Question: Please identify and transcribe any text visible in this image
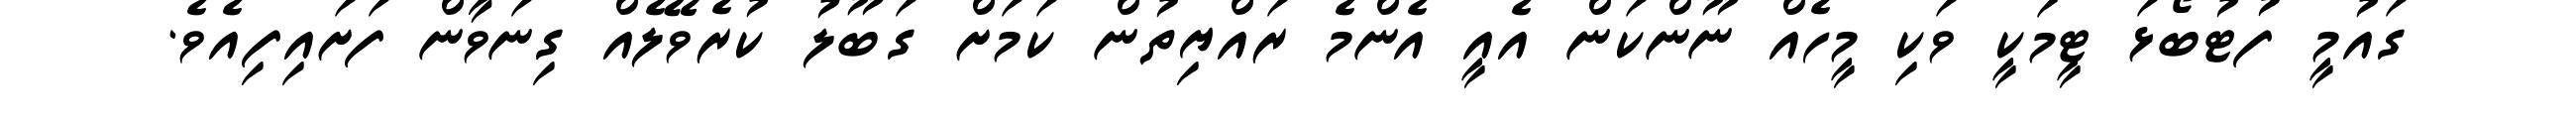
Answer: ގައުމީ ފުޓުބޯޅަ ޓީމަކީ ވަކި މީހެއް ނޫންކަން އެއީ އެންމެ ރައްޔިތުން ކަމަށް ގަބޫލު ކުރެވޭލެއް ގިނަވާން ފަށައިފިއެވެ.